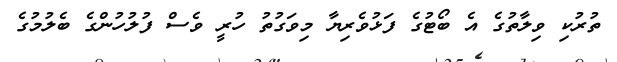
ތުރުކި ވިލާތުގެ އެ ބޯޓުގެ ފަޅުވެރިޔާ މިވަގުތު ހުރީ ވެސް ފުލުހުންގެ ބެލުމުގެ